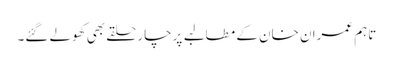
تاہم عمران خان کے مطالبے پرچار حلقے بھی کھولے گئے۔